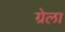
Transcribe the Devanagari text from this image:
ग्रेला